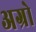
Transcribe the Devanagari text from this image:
अग्रो